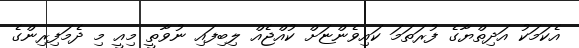
އެކަމަކު އަދިތްޔާގެ ފުރަތަމަ ކައިވެންޏަށް ކުއްޖެއް ލިބިފައި ނުވާތީ މިއީ މި ދެމަފިރިންގެ